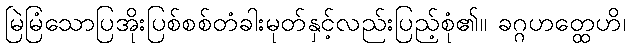
မြဲမြံသောပြအိုးပြစ်စစ်တံခါးမုတ်နှင့်လည်းပြည့်စုံ၏။ ခဂ္ဂဟတ္ထေဟိ၊